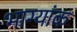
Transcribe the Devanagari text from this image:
भाग्यांक